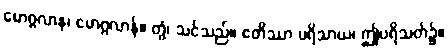
မောဂ္ဂလာန၊ မောဂ္ဂလာန်။ တွံ၊ သင်သည်။ ဧတိဿာ ပရိသာယ၊ ဤပရိသတ်၌။